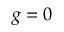
g = 0